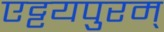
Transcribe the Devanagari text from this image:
एट्टयपुरम्